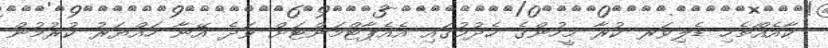
ކާއެއްޗެހި ޑެލިވަރ ކުރާ މީހުންގެ ހެދުމުގައި އެއެޕާޓްމަންޓަށް ވަދެ އޭނާ ހައްޔަރު ކުރުމުން